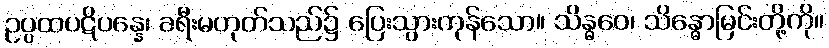
ဥပ္ပထပဋိပန္နေ၊ ခရီးမဟုတ်သည်၌ ပြေးသွားကုန်သော။ သိန္ဓဝေ၊ သိန္ဓောမြင်းတို့ကို။